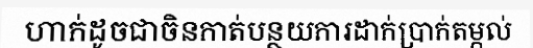
ហាក់ដូចជាចិនកាត់បន្ថយការដាក់ប្រាក់តម្កល់